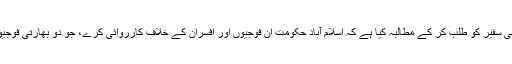
دوسری جانب بھارتی وزارت خارجہ نے نئی دہلی میں تعینات پاکستانی سفیر کو طلب کر کے مطالبہ کیا ہے کہ اسلام آباد حکومت اُن فوجیوں اور افسران کے خلاف کارروائی کرے، جو دو بھارتی فوجیوں کی ہلاکت اور ان کی لاشیں مسخ کرنے کے واقعے میں ملوث ہیں۔